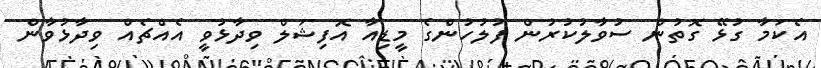
އެކަމާ ގުޅޭ ގޮތުން ސުވާލުކުރުުން ފުލުހުންގެ މީޑިއާ އޮފިޝަލް ވިދާޅުވީ އެއްޗެއް ވިދާޅުވާން